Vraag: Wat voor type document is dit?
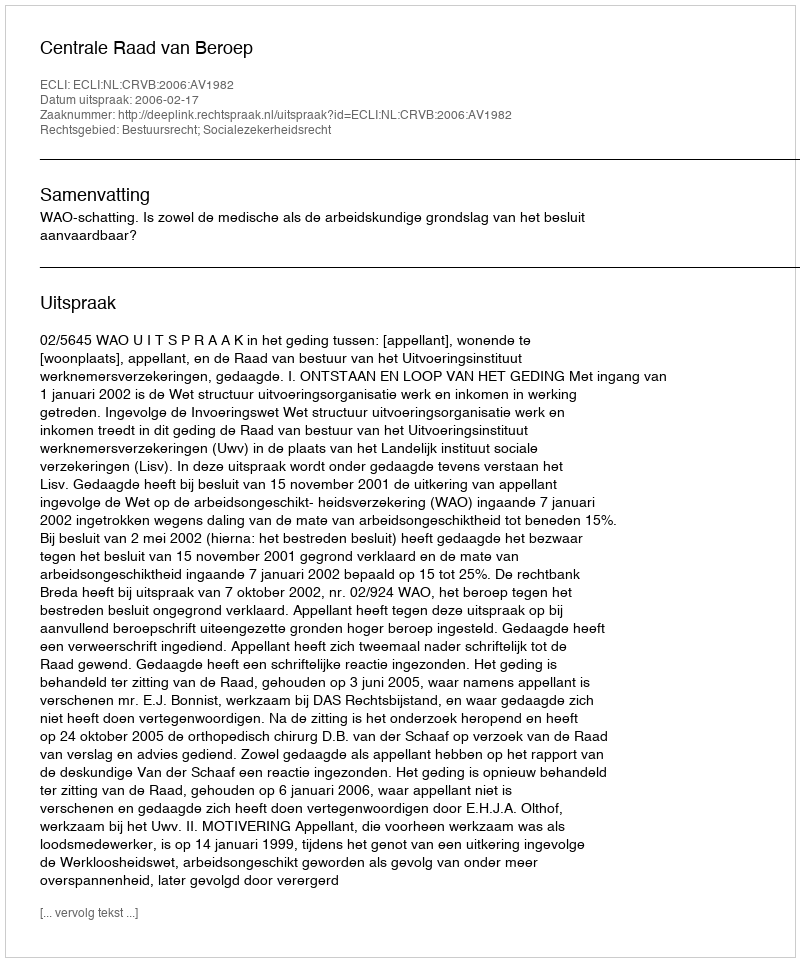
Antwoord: Uitspraak